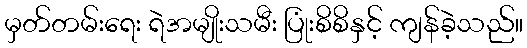
မှတ်တမ်းရေး ရဲအမျိုးသမီး ပြုံးစိစိနှင့် ကျန်ခဲ့သည်။